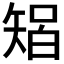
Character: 𱳡